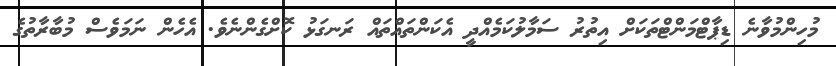
މުހިންމުވާނެ ޑިޕާޓްމަންޓްތަކަށް އިތުރު ސަމާލުކަމެއްދީ އެކަންތައްތައް ރަނގަޅު ކޮށްގެންނެވެ. އެހެން ނަމަވެސް މުބާރާތުގެ